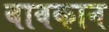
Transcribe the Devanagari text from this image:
बावकान